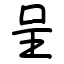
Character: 呈